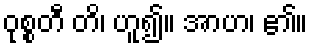
ဝုစ္စတီ တိ၊ ဟူ၍။ အာဟ၊ ၏။